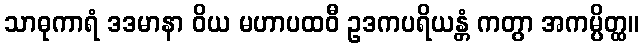
သာဓုကာရံ ဒဒမာနာ ဝိယ မဟာပထဝီ ဥဒကပရိယန္တံ ကတွာ အကမ္ပိတ္ထ။